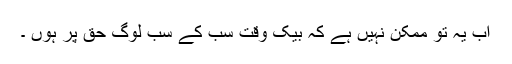
اب یہ تو ممکن نہیں ہے کہ بیک وقت سب کے سب لوگ حق پر ہوں ۔